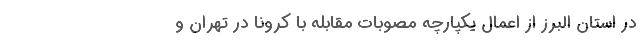
در استان البرز از اعمال یکپارچه مصوبات مقابله با کرونا در تهران و